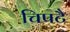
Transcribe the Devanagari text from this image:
चिपटै